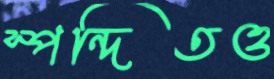
স্পন্দিতও